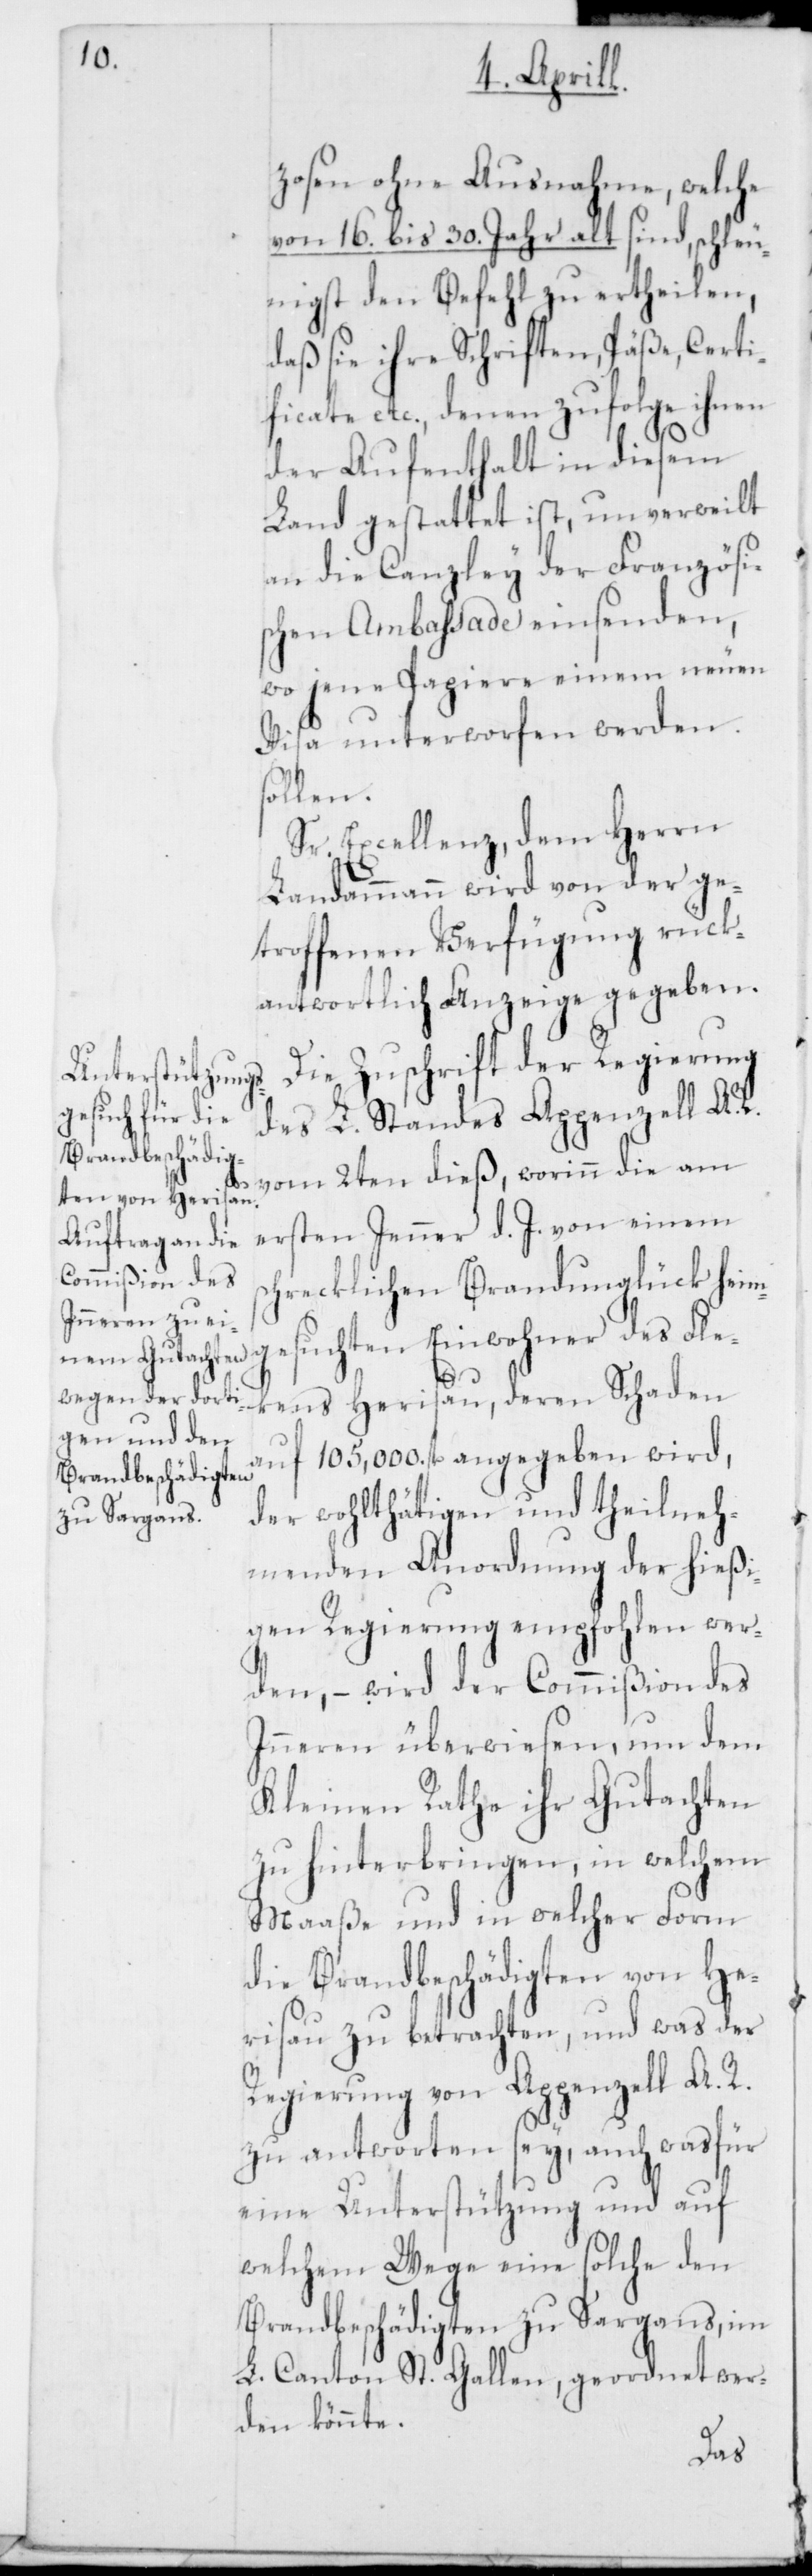
zosen ohne Ausnahme, welche
von 16. bis 30. Jahr alt sind, schleu¬
nigst den Befehl zu ertheilen,
daß sie ihre Schriften, Päße, Certi¬
ficate etc., denen zufolge ihnen
der Aufenthalt in diesem
Land gestattet ist, unverweilt
an die Canzley der Französi¬
schen Ambassade einsenden,
wo jene Papiere einem neuen
Visa unterworfen werden
sollen.
Sr. Excellenz, dem Herrn
Landammann wird von der ge¬
troffenen Verfügung rück¬
antwortlich Anzeige gegeben.
Die Zuschrift der Regierung
des L. Standes Appenzell A.
vom 2ten dieß, worinn die am
ersten Jenner d. J. von einem
schrecklichen Brandunglück heim¬
gesuchten Einwohner des Fle¬
ckens Herisau, deren Schaden
auf 105,000. fl angegeben wird,
der wohlthätigen und theilneh¬
menden Anordnung der hießi¬
gen Regierung empfohlen wer¬
den, – wird der Commißion des
Inneren überwiesen, um dem
Kleinen Rathe ihr Gutachten
zu hinterbringen, in welchem
Maaße und in welcher Form
die Brandbeschädigten von He¬
risau zu betrachten, und was der
Regierung von Appenzell A. R.
zu antworten sey, auch was für
eine Unterstützung und auf
welchem Wege eine solche den
Brandbeschädigten zu Sargans, im
L. Canton St. Gallen, geordnet wer¬
den könnte.